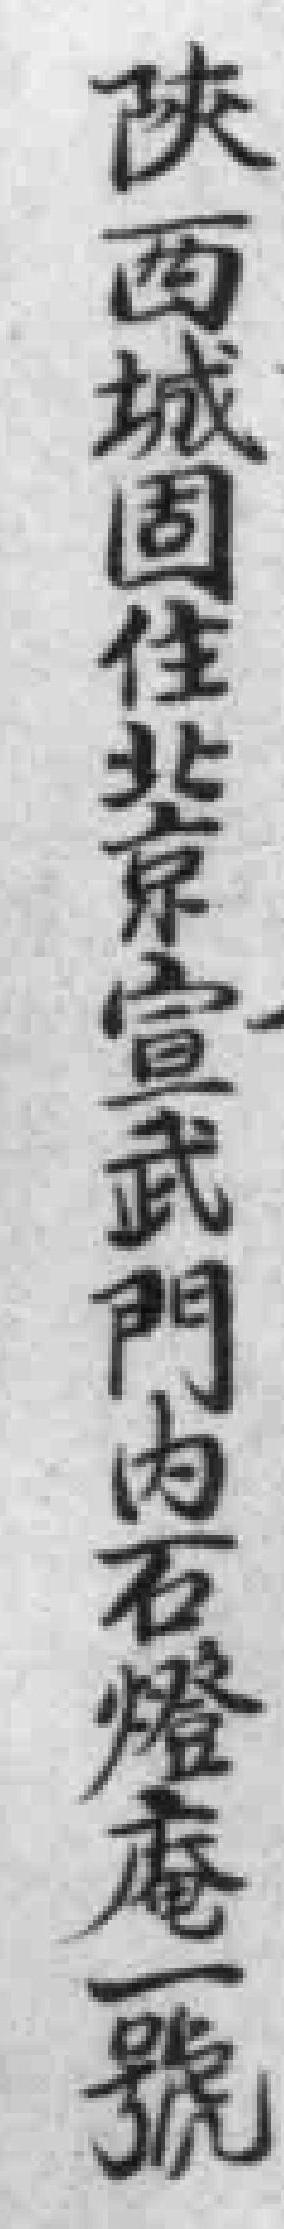
陝西城固住北京宣武門内石燈庵一號